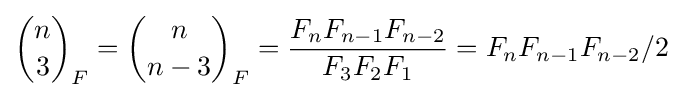
{\binom {n}{3}}_{F}={\binom {n}{n-3}}_{F}={\frac {F_{n}F_{n-1}F_{n-2}}{F_{3}F_{2}F_{1}}}=F_{n}F_{n-1}F_{n-2}/2